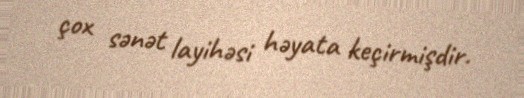
çox sənət layihəsi həyata keçirmişdir.